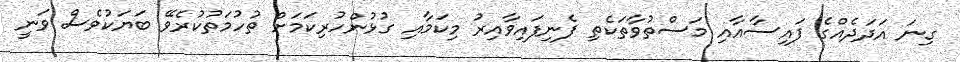
ގިނަ އަދަދެއްގެ ފައިސާއާއި މަސްތުވާތަކެތި ފެނިފައިވާއިރު މިކަމާއި ގުޅުންހުރިކަމަށް ތުހުމަތުކުރެވޭ ބަޔަކުވެސް ވަނީ